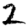
Digit: 2